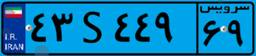
۸۷S۷۴۴۱۶